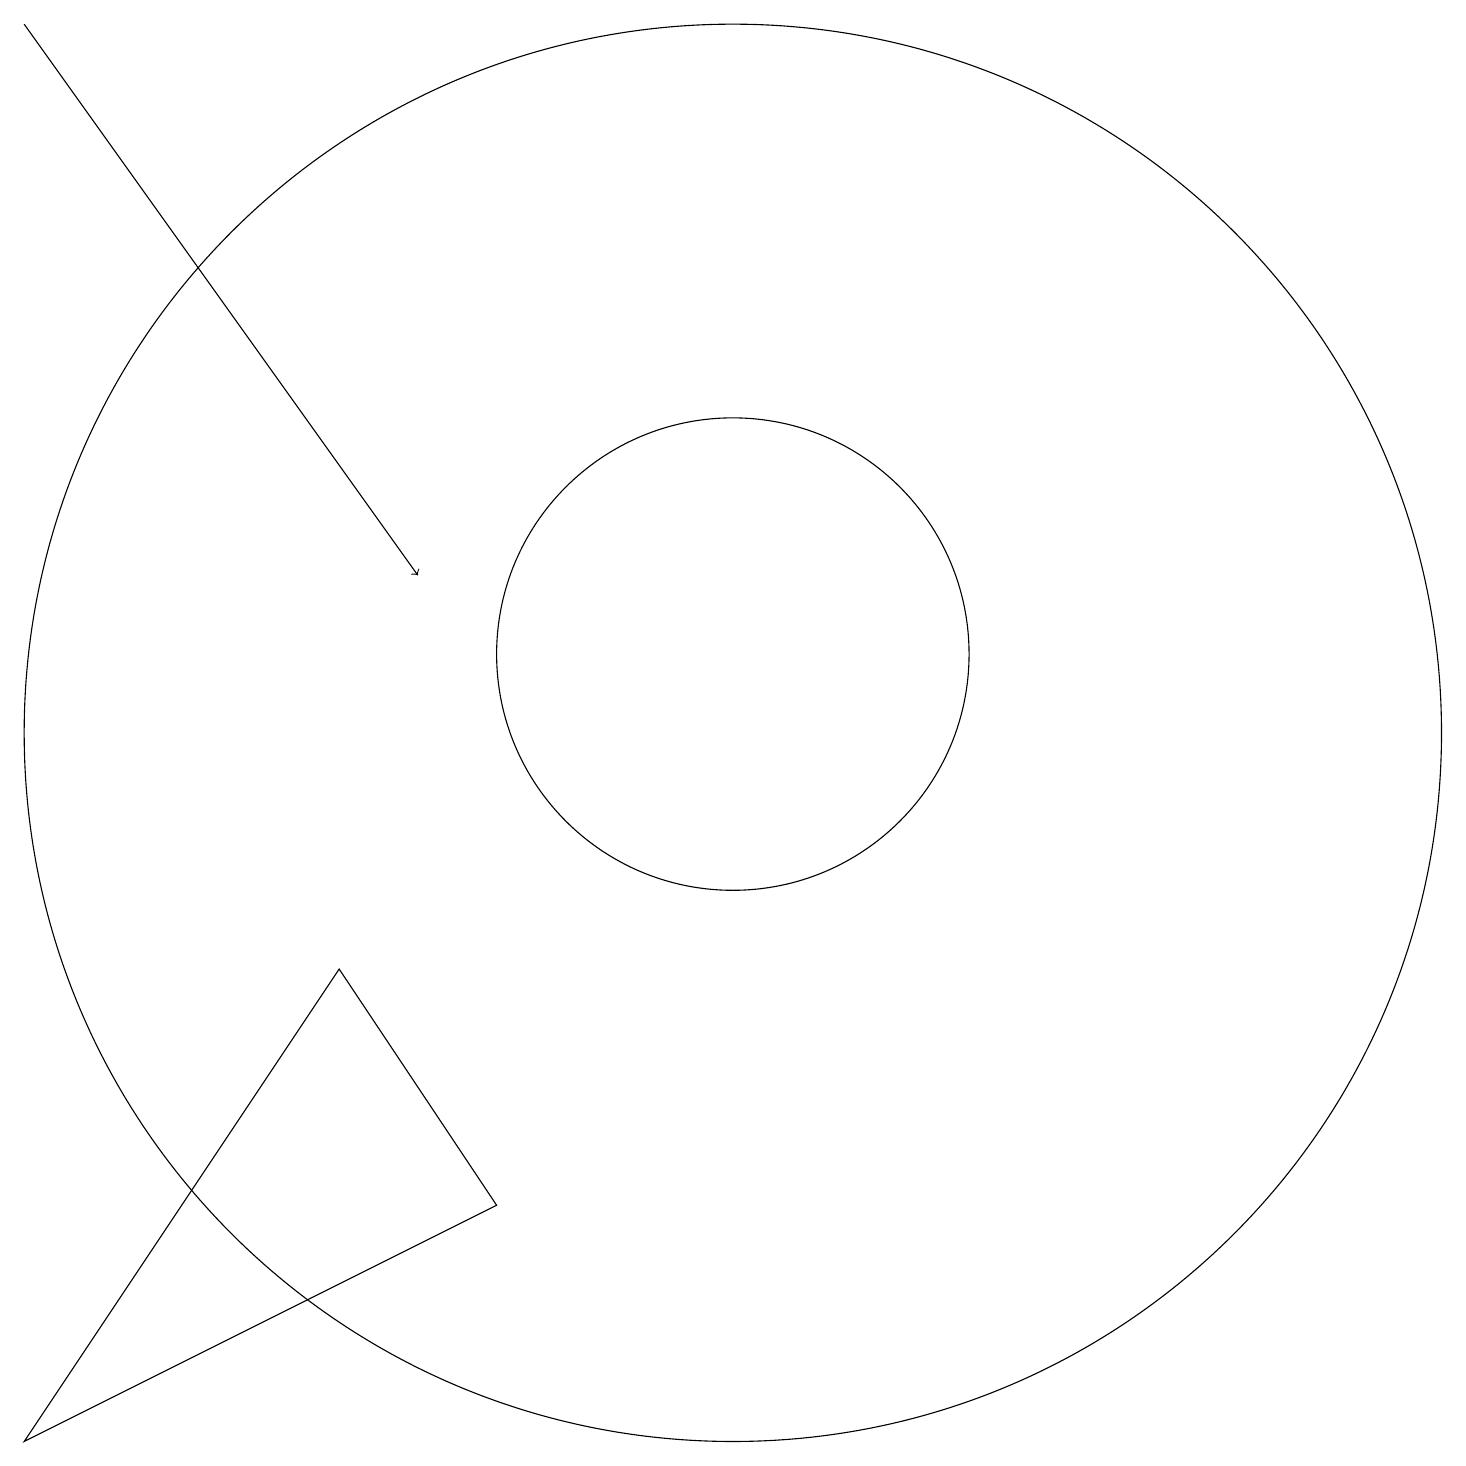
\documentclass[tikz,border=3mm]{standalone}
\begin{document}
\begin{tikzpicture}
\draw (10,10) circle (9);
\draw[->] (1,19) -- (6,12);
\draw (7,4) -- (1,1) -- (5,7) -- cycle;
\draw (10,11) circle (3);
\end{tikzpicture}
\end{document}